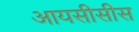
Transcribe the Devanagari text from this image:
आयसीसीस